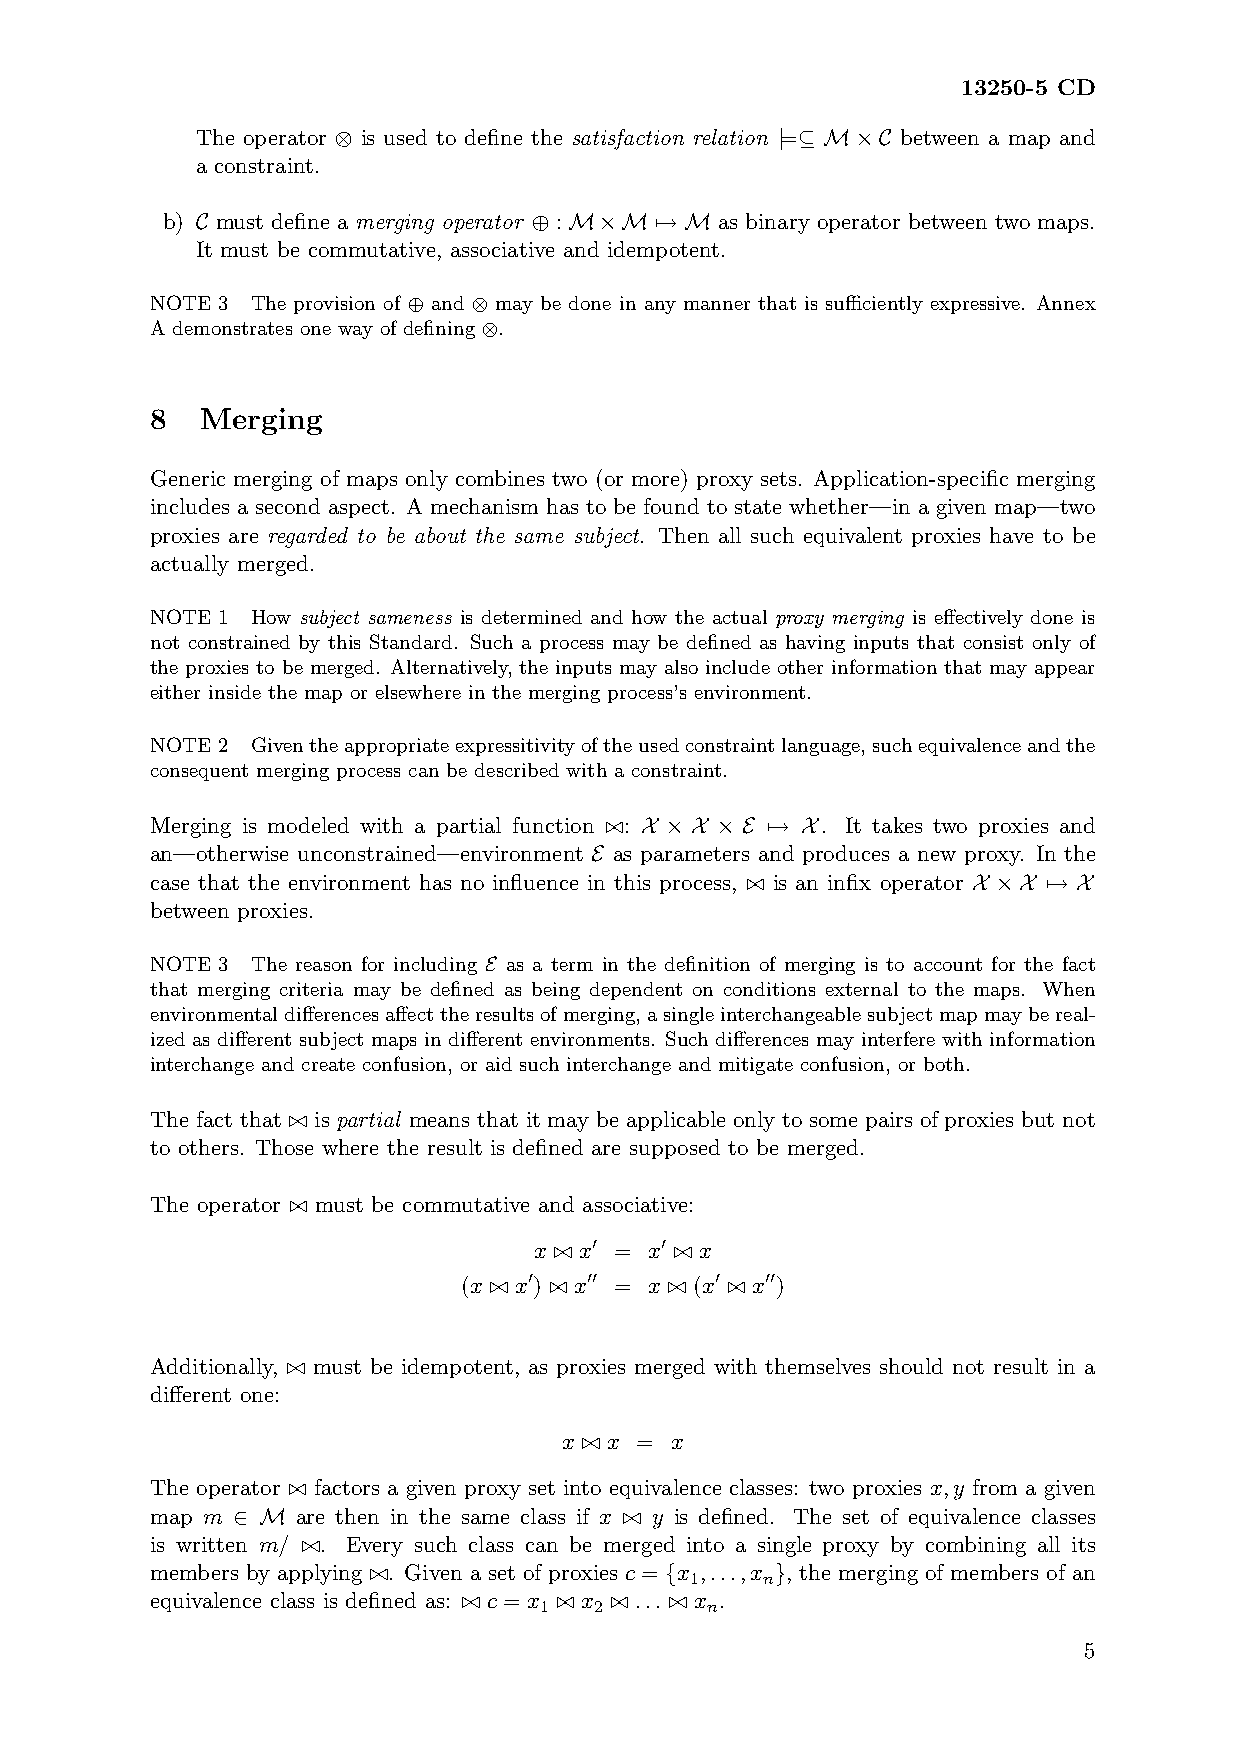
13250-5 CD
 The operator ⊗ is used to define the satisfaction relation |=⊆ M×C between a map and
 a constraint.
 b) C must define a merging operator ⊕ : M×M 7→ M as binary operator between two maps.
 It must be commutative, associative and idempotent.
 NOTE 3 The provision of ⊕ and ⊗ may be done in any manner that is sufficiently expressive. Annex
 A demonstrates one way of defining ⊗.
 8  Merging
 Generic merging of maps only combines two (or more) proxy sets. Application-specific merging
 includes a second aspect. A mechanism has to be found to state whether—in a given map—two
 proxies are regarded to be about the same subject. Then all such equivalent proxies have to be
 actually merged.
 NOTE 1 How subject sameness is determined and how the actual proxy merging is effectively done is
 not constrained by this Standard. Such a process may be defined as having inputs that consist only of
 the proxies to be merged. Alternatively, the inputs may also include other information that may appear
 either inside the map or elsewhere in the merging process’s environment.
 NOTE 2 Giventheappropriateexpressitivityoftheusedconstraintlanguage,suchequivalenceandthe
 consequent merging process can be described with a constraint.
 Merging is modeled with a partial function ./: X × X × E 7→ X. It takes two proxies and
 an—otherwise unconstrained—environment E as parameters and produces a new proxy. In the
 case that the environment has no influence in this process, ./ is an infix operator X ×X 7→ X
 between proxies.
 NOTE 3 The reason for including E as a term in the definition of merging is to account for the fact
 that merging criteria may be defined as being dependent on conditions external to the maps. When
 environmentaldifferencesaffecttheresultsofmerging,asingleinterchangeablesubjectmapmaybereal-
 ized as different subject maps in different environments. Such differences may interfere with information
 interchange and create confusion, or aid such interchange and mitigate confusion, or both.
 The fact that ./ is partial means that it may be applicable only to some pairs of proxies but not
 to others. Those where the result is defined are supposed to be merged.
 The operator ./ must be commutative and associative:
 x ./ x0 = x0 ./ x
 (x ./ x0) ./ x00 = x ./ (x0 ./ x00)
 Additionally, ./ must be idempotent, as proxies merged with themselves should not result in a
 different one:
 x ./ x = x
 The operator ./ factors a given proxy set into equivalence classes: two proxies x,y from a given
 map m ∈ M are then in the same class if x ./ y is defined. The set of equivalence classes
 is written m/ ./. Every such class can be merged into a single proxy by combining all its
 members by applying ./. Given a set of proxies c = {x ,...,x }, the merging of members of an
 1   n
 equivalence class is defined as: ./ c = x ./ x ./ ... ./ x .
 1  2       n
 5